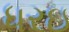
ધરઇ